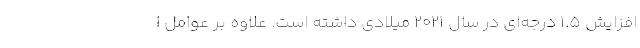
افزایش ۱.۵ درجه‌ای در سال ۲۰۲۱ میلادی داشته است. علاوه بر عوامل ا